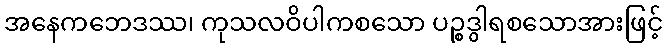
အနေကဘေဒဿ၊ ကုသလဝိပါကစသော ပဉ္စဒွါရစသောအားဖြင့်